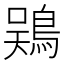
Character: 𫚾